Alatskivi_vallavalitsus_et, lk 97
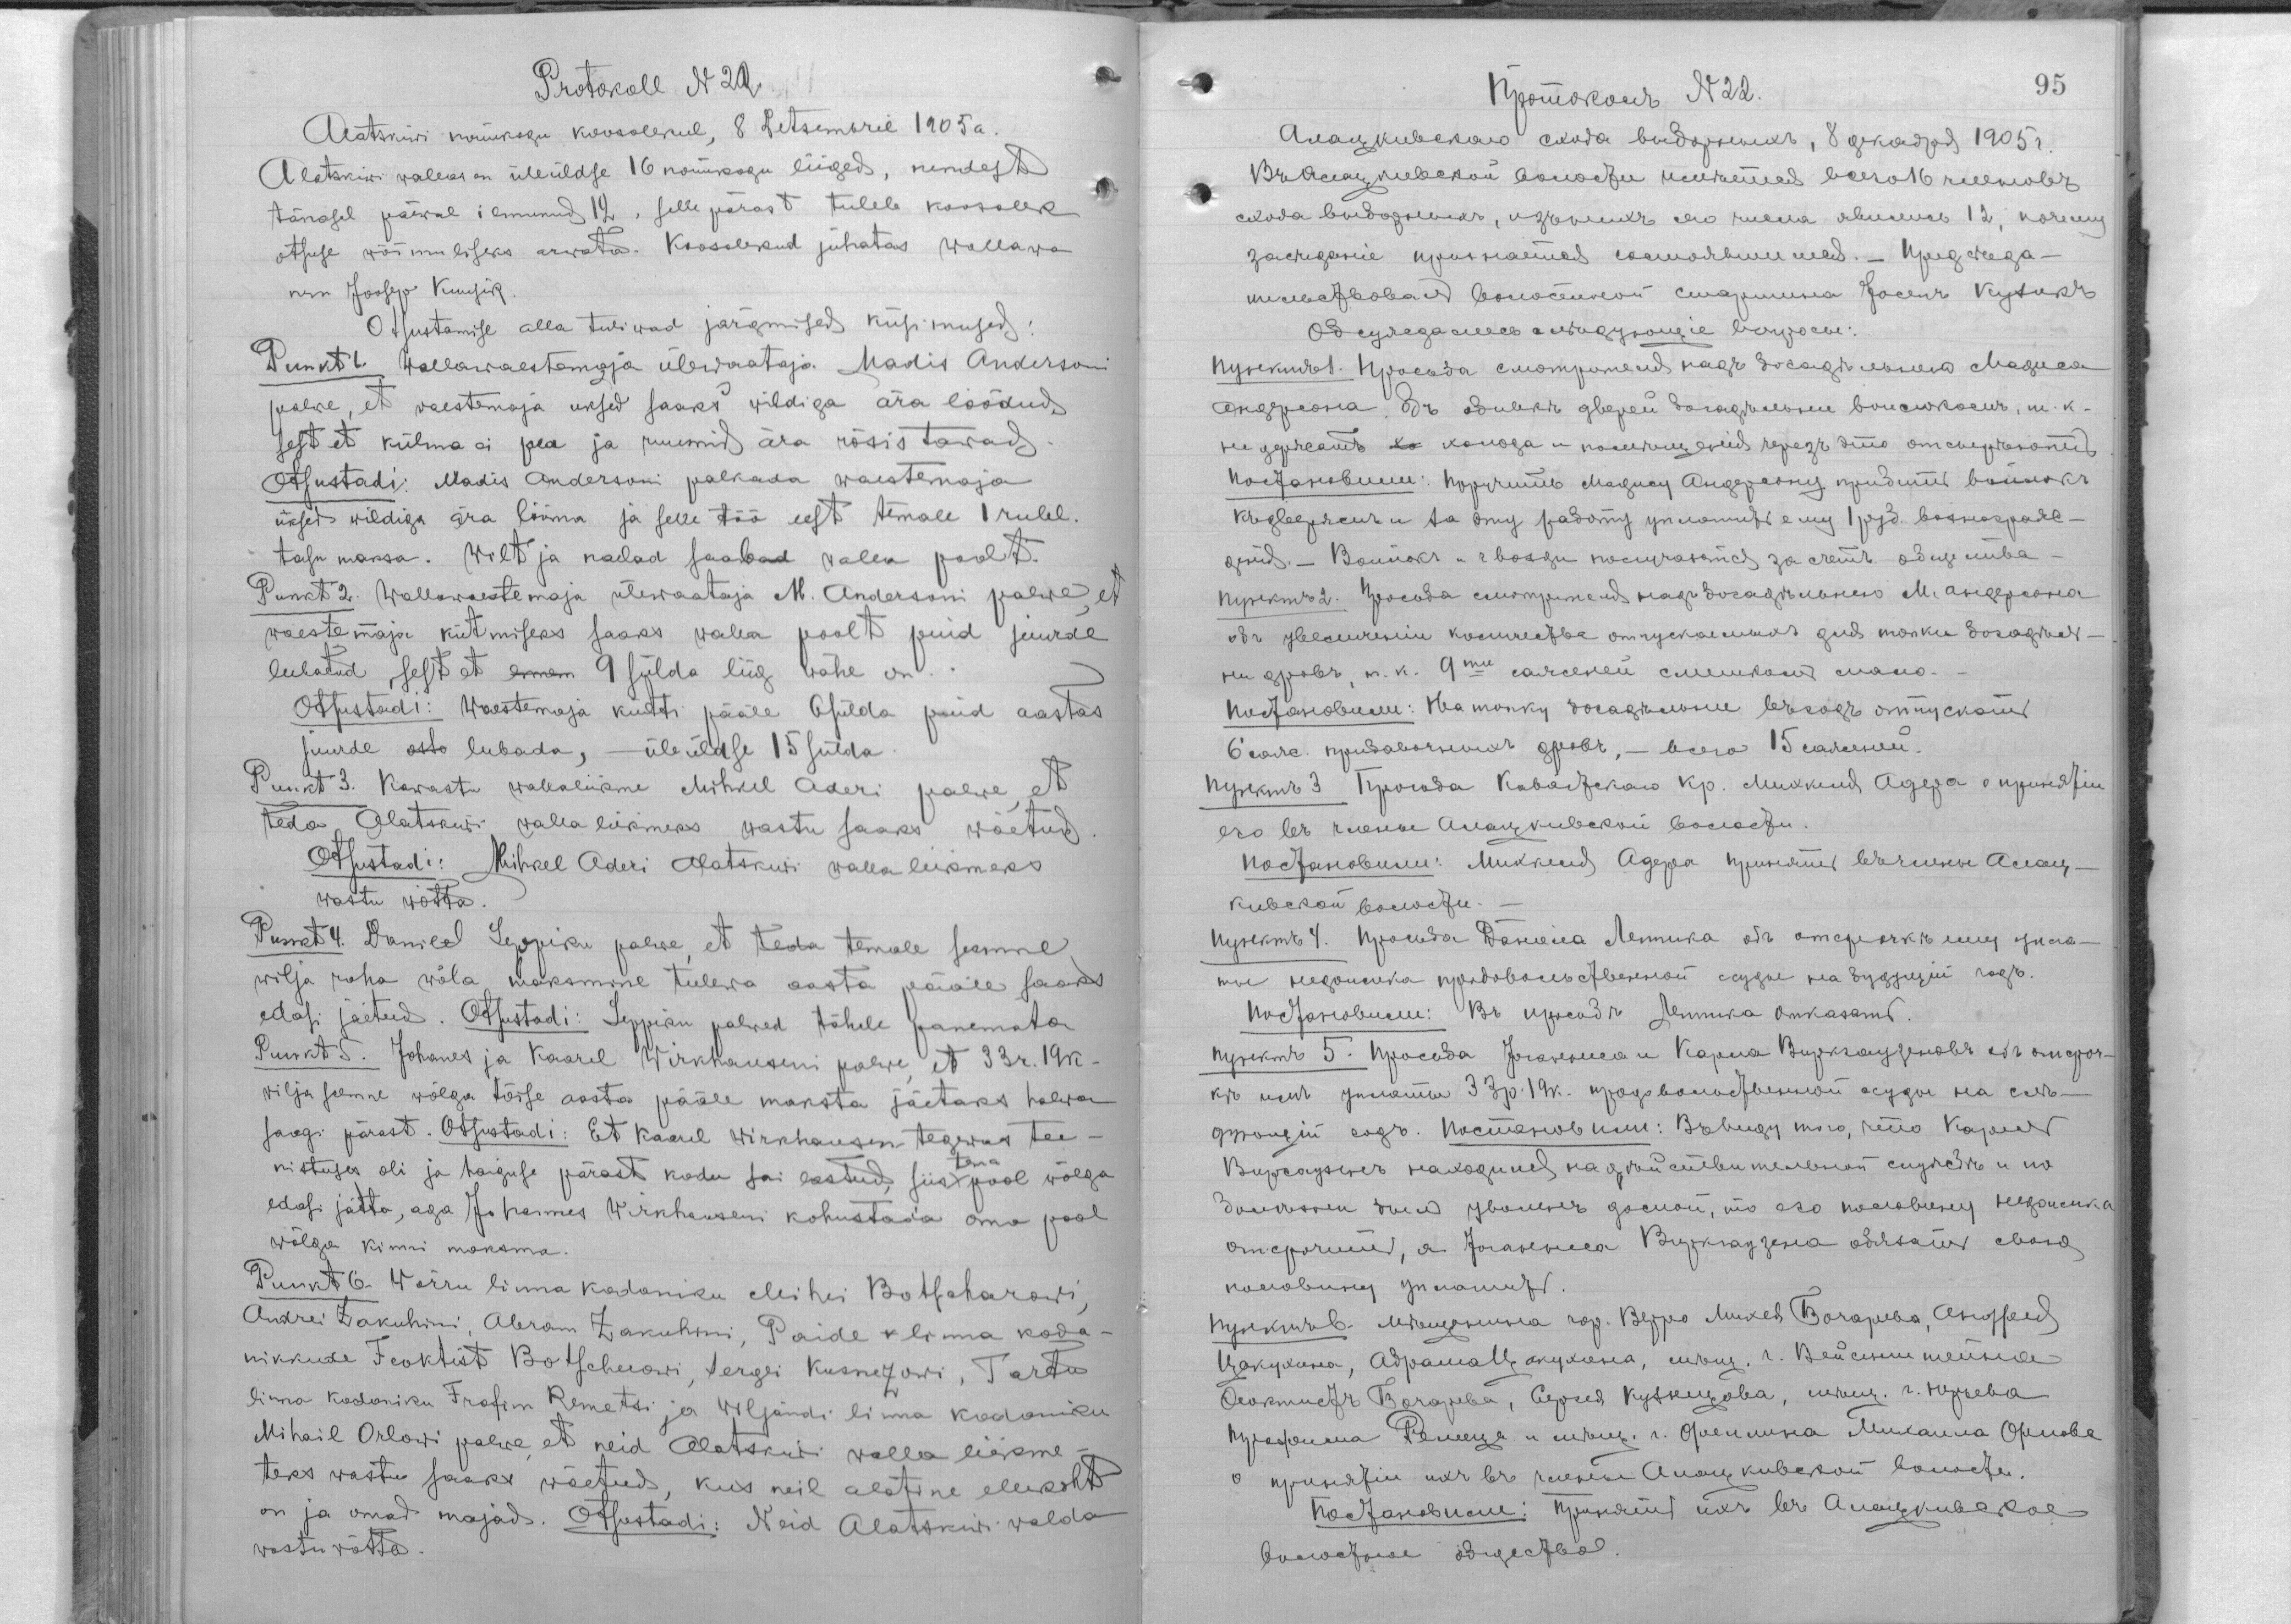
Protokoll N 22
Alatskiwi nõukogu koosolekul, 8 Detsembril 1905a
Alatskiwi wallas on üleüldse 16 nõukogu liiged, nendest
tänasel päewal ilmunud 12, selle pärast tuleb koosolek
otsuse wõimuliseks arwata. Koosolekud juhtas wallawa-
nem Joosep Kuusik.
Otsustamise alla tuliwad järgmised küsimused.
Punkt 1. Wallawaestemaja ülewaataja Madis Andersoni
palwe, et waestemaja uksed saaks wildiga ära löödud,
sest et külma ei pea ja ruumid ära rõsistawad.
Otsustadi: Madis Andersoni palkada waestemaja
uksed wildiga ära lööma ja selle töö eest temale 1 rubl.
tasu maksa. Wilti ja naelad saabad walla poolt.
Punkt 2. Wallawaestemaja ülewaataja M. Andersoni palwe, et
waestemaja kütmiseks saaks walla poolt puid juurde
lubatud, sest et ennem 9 sülda liiga wähe on.
Otsustadi: Waestemaja kütti pääle 6 sülda puid aastas
juurde osto lubada, - üleüldse 15 sülda.
Punkt 3. Kawastu wallaliikme Mihkel Aderi palwe, et
teda Alatskiwi walla liikmeks wastu saaks wõetud.
Otsustadi: Mihkel Aderi Alatskiwi wallaliikmeks
wastu wõtta.
Punkt 4. Danieel Leppiku palwe, et teda temale seemne
wilja raha wõla maksmine tulewa aasta pääle saaks
edasi jäetud. Otsustadi: Leppiku palwed tähele panemata,
Punkt 5. Johannes ja Kaarel Wirkhauseni palwe, et 33r. 19k.
wilja seemne wõlga tõise aasta pääle maksta jäetakse halwa
saagi pärast. Ostustadi: Et Kaarel Wirkhausen tegewas tee-
nistuses oli ja haiguse pärast kodu sai lastud, siis tema pool wõlga
edasi jätta, aga Johannes Wirkhauseni kohustada oma pool
wõlga kinni maksma.
Punkt 6. Wõrru linna kodaniku Mihei Botscharowi,
Andrei Zakuhini, Abram Zakuhini, Paide v linna koda-
nikkude Feoktist Botscherowi, Sergei Kusnezowi, Tartu
linna kodaniku Frofim Remetsi ja Wiljandi linna kodaniku
Mihail Orlowi palwe, et neid Alatskiwi walla liikme-
teks wastu saaks wõetud, kus neil alatine elukoht
on ja omad majad. Otsustadi: Neid Alatskiwi walda
wastu wõtta.